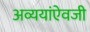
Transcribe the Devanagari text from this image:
अव्ययांऐवजी